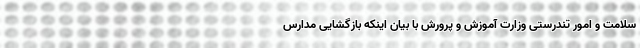
سلامت و امور تندرستی وزارت آموزش و پرورش با بیان اینکه بازگشایی مدارس